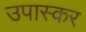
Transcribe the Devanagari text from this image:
उपास्कर